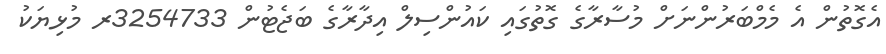
އެގޮތުން އެ މެމްބަރުންނަށް މުސާރާގެ ގޮތުގައި ކައުންސިލް އިދާރާގެ ބަޖެޓުން 3254733ރ މުޅިޔަކު